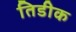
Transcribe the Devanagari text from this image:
तिडीक